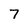
Character: 7